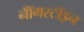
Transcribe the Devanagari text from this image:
नॉँगस्टॉइन